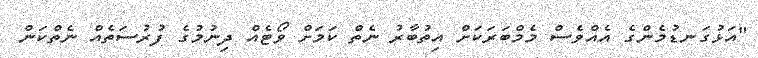
"އަޅުގަނޑުމެންގެ އެއްވެސް މެމްބަރަކަށް އިތުބާރު ނެތް ކަމަށް ވޯޓެއް ދިނުމުގެ ފުރުސަތެއް ނެތްކަން